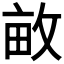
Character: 𮲕